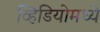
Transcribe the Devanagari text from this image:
व्हिडियोमध्ये